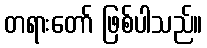
တရားတော် ဖြစ်ပါသည်။